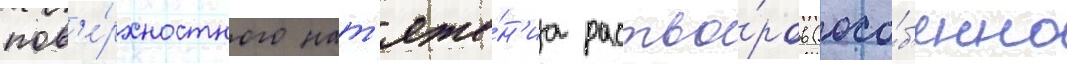
пов'е́рхностного нат'яже́н'иа раство́ров (осо́б'енно